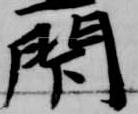
閇